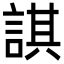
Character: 諆